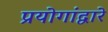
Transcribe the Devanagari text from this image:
प्रयोगांद्वारे